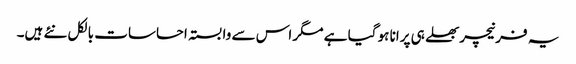
یہ فرنیچر بھلے ہی پرانا ہو گیا ہے مگر اس سے وابستہ احساسات بالکل نئے ہیں۔